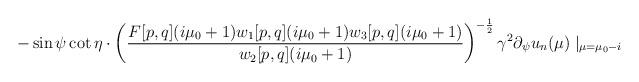
LaTeX: \begin{align*}-\sin\psi\cot\eta\cdot\left(\frac{F[p,q](i\mu_{0}+1)w_{1}[p,q](i\mu_{0}+1)w_{3}[p,q](i\mu_{0}+1)}{w_{2}[p,q](i\mu_{0}+1)}\right)^{-\frac{1}{2}}\gamma^{2}\partial_{\psi}u_{n}(\mu)\mid_{\mu=\mu_{0}-i}\end{align*}